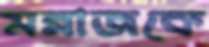
মন্নাজকে